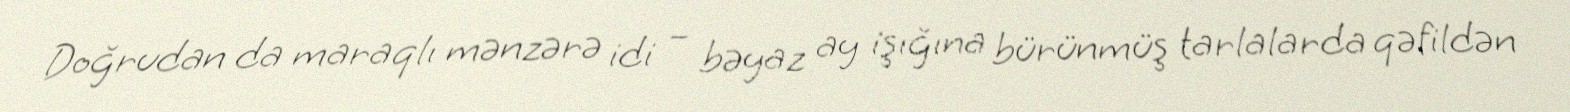
Doğrudan da maraqlı mənzərə idi – bəyaz ay işığına bürünmüş tarlalarda qəfildən